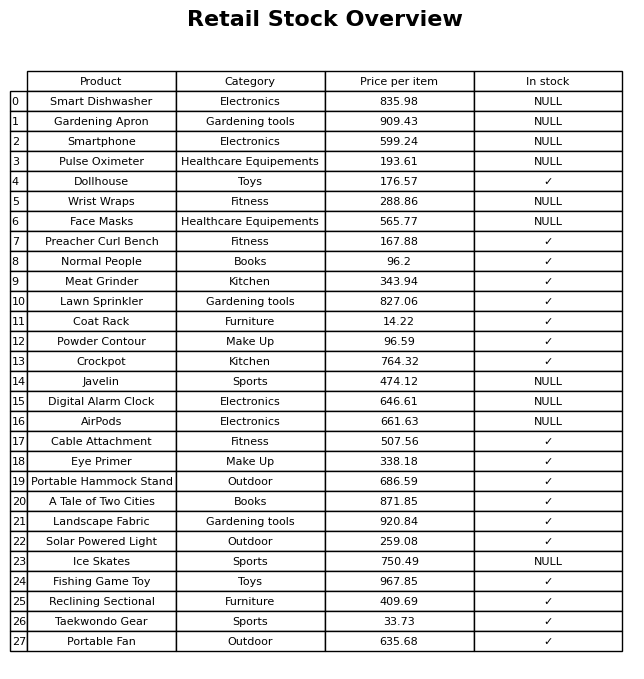
question: Is the Lawn Sprinkler in stock?
answer: ✓